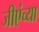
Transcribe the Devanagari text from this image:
जीएंच्या